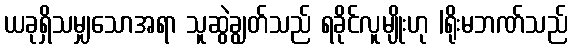
ယခုရှိသမျှသောအရာ သူဆွဲချွတ်သည် ရခိုင်လူမျိုးဟု |ရိုးမဘဏ်သည်